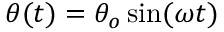
\theta ( t ) = \theta _ { o } \sin ( \omega t )